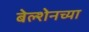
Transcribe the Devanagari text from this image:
बेल्शेनच्या